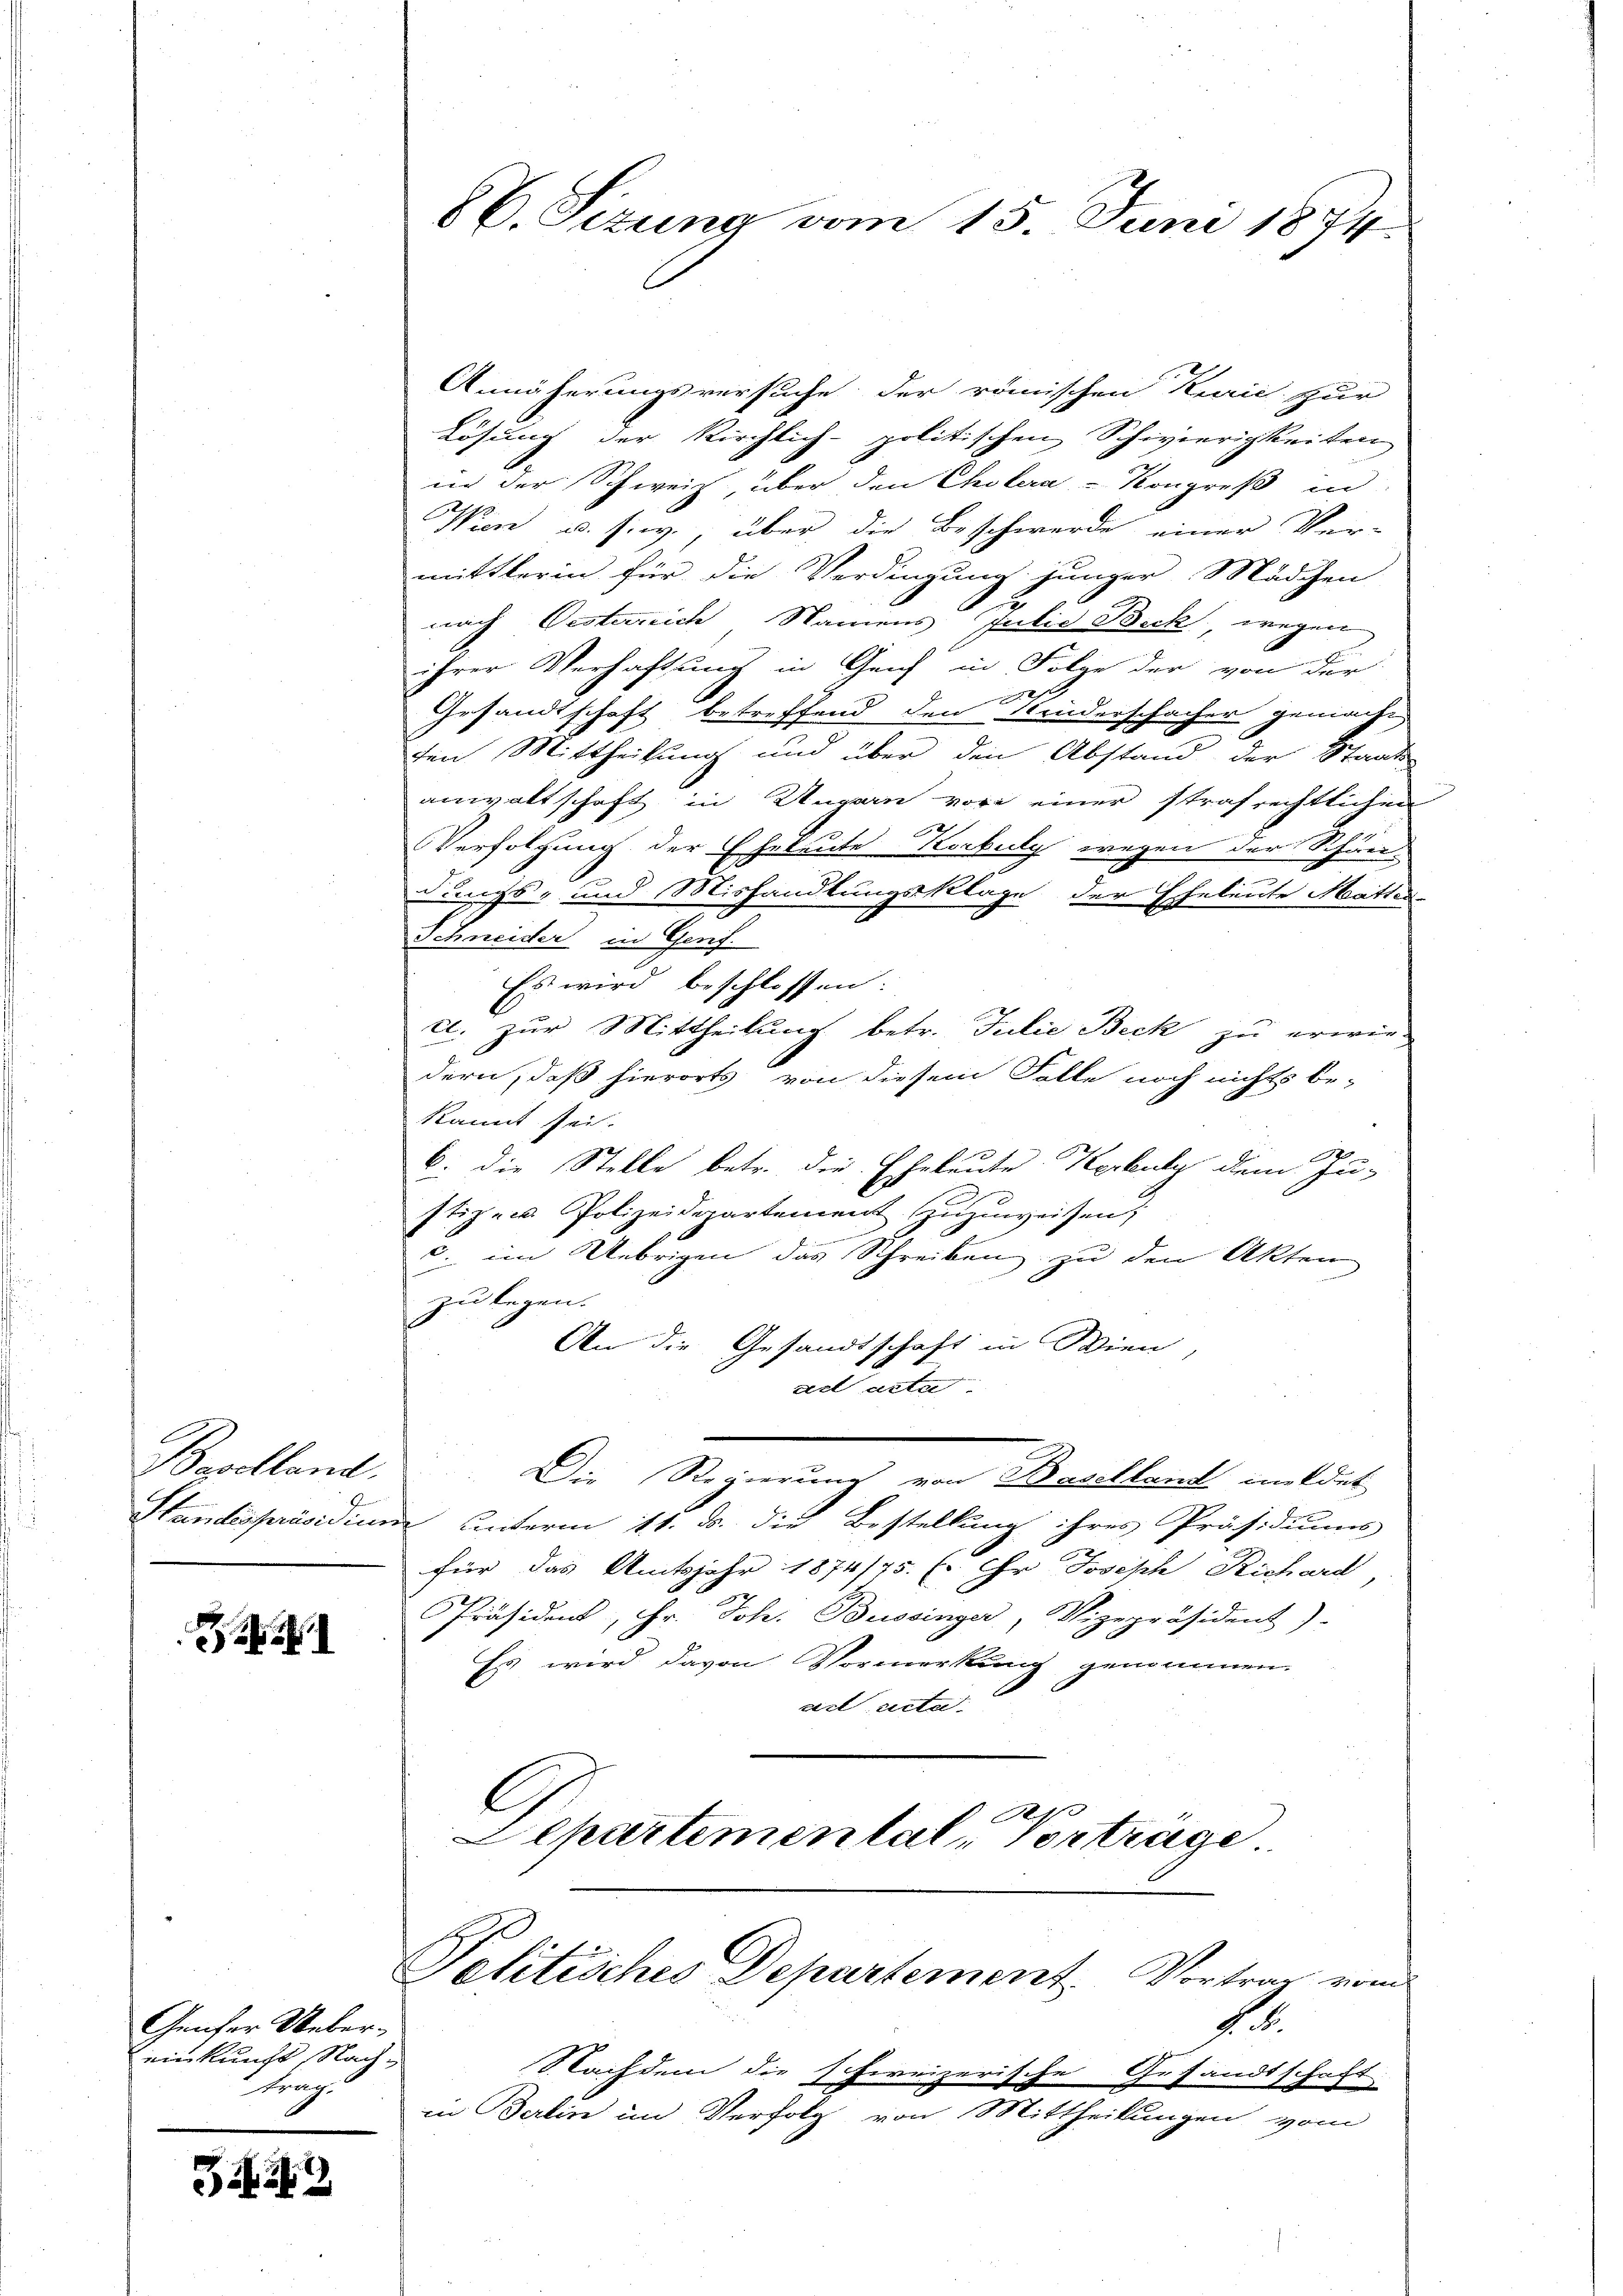
Bevolland.

Genfer Uebereinkunft Nach-
Frag

39

Annäherungsversuche der römischen Kurie zur
Lösung der Kirchlich-politischen Schwierigkeiten
in der Schweiz, über den Cholera-Kongroß in
Wien u. s. w., über die Beschwerde einer Ver-
mittlerin für die Verdingung junger Mädchen
u
nach Oesterreich Namens Julie Beck, wegen
ihrer Verhaftung in Genf in Folge der von der

Gesandtschaft betreffend den Kinderschacher gemacht
den Mittheilung und über den Abstand der Staats-
anwaltschaft in Ungern vor einer strafrechtlichen
Verfolgung der Eheleute Korbulg wegen der Schändungs- und Mishandlungsklage der Eheleute Matter-
Schneider in Genf.
Es wird beschlossen:
c. zur Mittheilung betr. Julie Beck zu erwirdern, daß hierorts von diesem Falle noch nichts be-
kannt sei.
6: die Stelle betr. die Eheleute Korbuly dem Ju-
stiz- u Polizeidepartement zuzuweisen
c. im Uebrigen das Schreiben zu den Akten
zu legen.
An die Gesandtschaft in Wien,
ad acta.
Die Regierung von Baselland meldet
Standespräsidium unterm 11. ds. die Bestellung ihres Präsidiums
für das Amtsjahr 1874/75. Er Ihr Joseph Richard,
Präsident, Fr. Joh. Bussinger, Vizepräsident).
Es wird davon Vormerkung genommen.
ad acta
l
Separtemental Verträge

C. Sizung vom 15. Juni 1874

Politisches Departement. Vortrag vom
N. S.

Nachdem die schweizerische Gesandtschaft
in Berlin im Verfolg von Mittheilungen vom